Destruction of fleas by exposure to the sun - Number 40
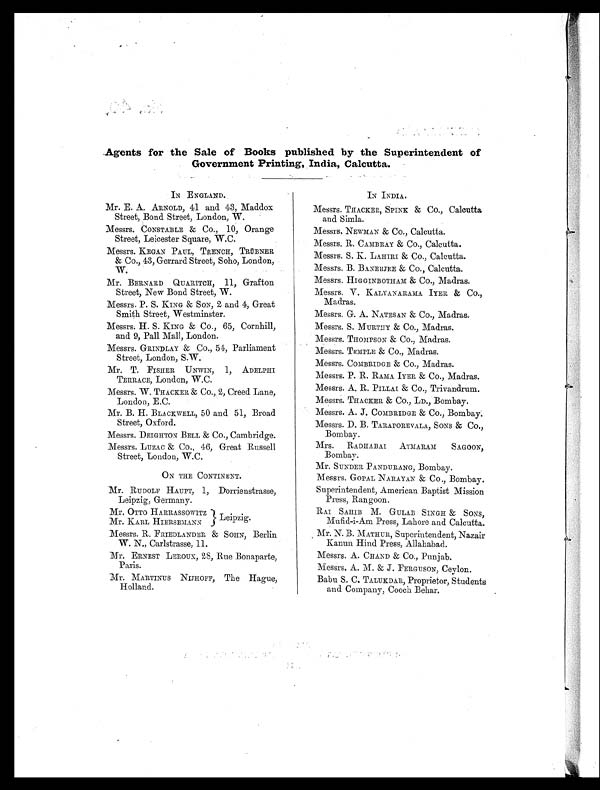
Agents for the Sale of Books published by the Superintendent of
Government Printing, India, Calcutta.
IN
ENGL AND.
Mr. E. A. ARNOLD, 41 and 43, Maddox
Street, Bond Street, London, W.
Messrs. CONSTABLE & Co., 10, Orange
Street, Leicester Square, W.C.
Messrs. KEGAN PAUL, TRENCH, TRÜBNER
& Co., 43, Gerrard Street, Soho, London,
W.
Mr. BERNARD QUARITCH, 11, Grafton
Street, New Bond Street, W.
Messrs, P. S. KING & SON, 2 and 4, Great
Smith Street, Westminster.
Messrs. H. S. KING & Co., 65, Cornhill,
and 9, Pall Mall, London.
Messrs. GRINDLAY & Co., 54, Parliament
Street, London, S.W.
Mr. T. FISHER UNWIN, 1, ADELPHI
TERRACE, London, W.C.
Messrs. W. THACKER & Co., 2, Creed Lane,
London, E.C.
Mr. B. H. BLACKWELL, 50 and 51, Broad
Street, Oxford.
Messrs. DEIGHTON BELL & Co., Cambridge.
Messrs. LUZAC & Co., 46, Great Russell
Street, London, W.C.
ON THE CONTINENT.
Mr. RUDOLF HAUPT, 1, Dorrienstrasse,
Leipzig, Germany.
Mr, OTTO HARRASSOWITZ
Mr. KARL HIERSEMANN
Messrs. R. FRIEDLANDER & SOHN, Berlin
W. N., Carlstrasse, 11.
Mr. ERNEST LEROUX, 28, Rue Bonaparte,
Paris.
Mr. MARTINUS NIJHOFF, The Hague,
Holland.
IN INDIA.
Messrs. THACKER, SPINK
Co., Calcutta
and Simla.
Messrs. NEWMAN & Co., Calcutta.
Messrs. R. CAMBRAY & Co., Calcutta.
Messrs. S. K. LAHIRI & Co., Calcutta.
Messrs. B. BANERJEE & Co., Calcutta.
Messrs. HIGGINBOTHAM & Co., Madras.
Messrs. V. KALYANARAMA IYER & Co.,
Madras.
Messrs. G. A. NATESAN & Co., Madras.
Messrs. S. MURTHY & Co., Madras.
Messrs. THOMPSON & Co., Madras.
Messrs. TEMPLE & Co., Madras.
Messrs. COMBRIDGE & Co., Madras.
Messrs. P. R. RAMS IYER & Co., Madras.
Messrs. A. R. PILLAI & Co., Trivandrum.
Messrs. THACKER & Co., LD., Bombay.
Messrs. A. J . COMBRIDGE & Co., Bombay.
Messrs. D. B. TARAPOREVALA, SONS & Co.,
Bombay.
Mrs. RADHABAI ATMARAM SAGOON,
Bombay.
Mr. SUNDER PANDURANG, Bombay.
Messrs. GOPAL NARAYAN & Co., Bombay.
Superintendent, American Baptist Mission
Press, Rangoon.
RAI SAHIB M. GULAB SINGH & SONS,
Mufid-i-Am Press, Lahore and Calcutta.
Mr. N. B. MATHUR, Superintendent, Nazair
Kanun Hind Press, Allahabad.
Messrs. A. CHAND & Co., Punjab.
Messrs. A. M. & J. FERGUSON, Ceylon.
Babu S. C. TALUKDAR, Proprietor, Students
and Company, Cooch Behar.
Leipzig.